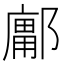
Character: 𰻽